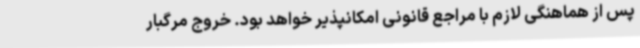
پس از هماهنگی لازم با مراجع قانونی امکانپذیر خواهد بود. خروج مرگبار